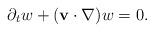
LaTeX: \begin{align*}\partial_t w+(\mathbf{v}\cdot \nabla)w=0.\end{align*}